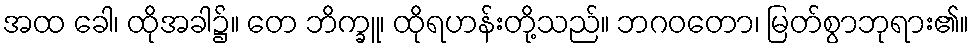
အထ ခေါ၊ ထိုအခါ၌။ တေ ဘိက္ခူ၊ ထိုရဟန်းတို့သည်။ ဘဂဝတော၊ မြတ်စွာဘုရား၏။